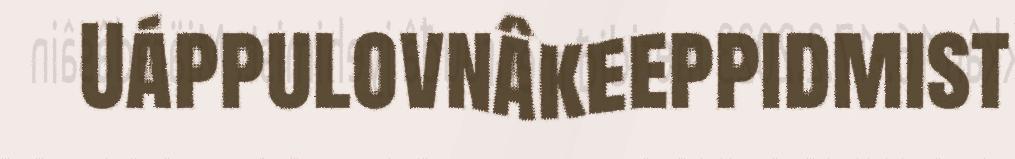
Uáppulovnâkeeppidmist